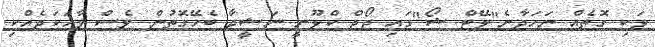
ވަކި ގޮތެއް ނަހަދާނެ"ލޭޓް ޝޯ"ގައި ޖޯޖް ކްލޫނީ ނަޝީދާ ބެހޭގޮތުން ވެސް ވާހަކަދެއްކި